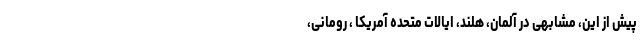
پیش از این، مشابهی در آلمان، هلند، ایالات متحده آمریکا ، رومانی،